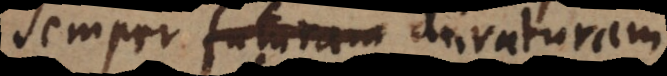
semper futuram duraturam.